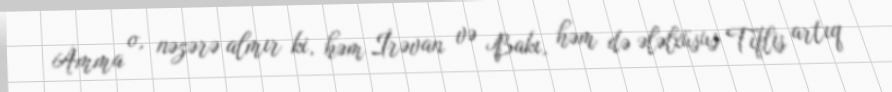
Amma o, nəzərə almır ki, həm İrəvan və Bakı, həm də ələlxüsus Tiflis artıq